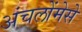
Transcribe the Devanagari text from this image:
अंचलोंमेसे